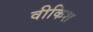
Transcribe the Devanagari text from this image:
वीकिश